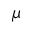
\mu